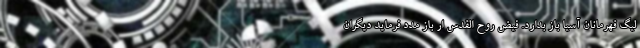
لیگ قهرمانان آسیا باز بدارد. فیض روح القدس ار باز مدد فرماید دیگران